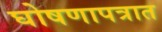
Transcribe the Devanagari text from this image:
घोषणापत्रात